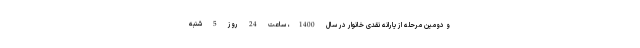
و دومین مرحله از یارانه نقدی خانوار در سال 1400، ساعت 24 روز 5 شنبه